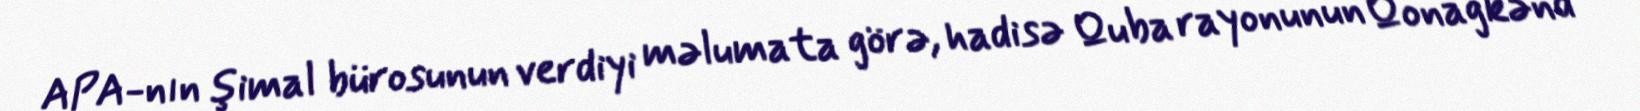
APA-nın şimal bürosunun verdiyi məlumata görə, hadisə Quba rayonunun Qonağkənd